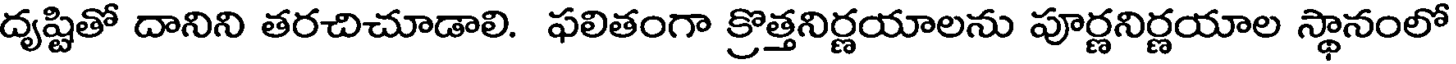
దృష్టితో దానిని తరచిచూడాలి. ఫలితంగా క్రొత్తనిర్ణయాలను పూర్ణనిర్ణయాల స్థానంలో